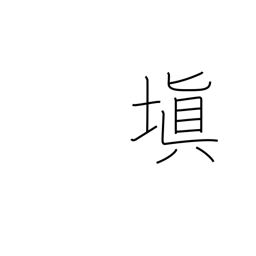
Meaning: make good